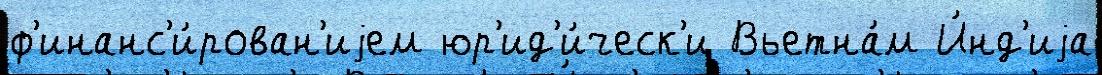
ф'инанс'и́рован'иjем юр'ид'и́ческ'и Вьетна́м И́нд'иjа